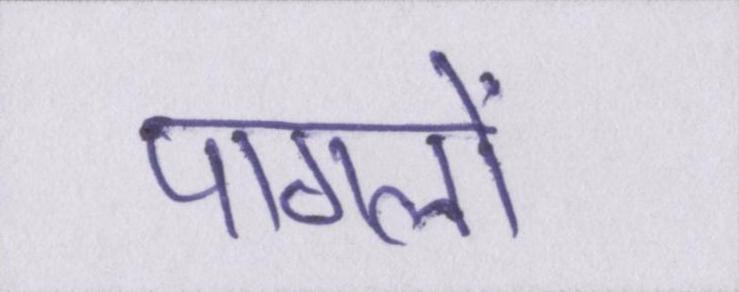
पागलों